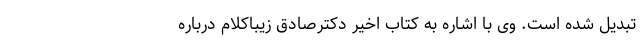
تبدیل شده است. وی با اشاره به کتاب اخیر دکترصادق زیباکلام درباره